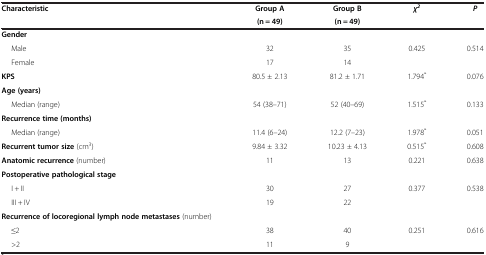
| Characteristic | Group A | Group B | χ2 | P |
 |  | (n = 49) | (n = 49) |  |  |
 | --- | --- | --- | --- | --- |
 | Gender |  |  |  |  |
 | Male | 32 | 35 | <ROWSPAN=2> 0.425 | <ROWSPAN=2> 0.514 |
 | Female | 17 | 14 |
 | KPS | 80.5 ± 2.13 | 81.2 ± 1.71 | 1.794* | 0.076 |
 | Age (years) |  |  |  |  |
 | Median (range) | 54 (38–71) | 52 (40–69) | 1.515* | 0.133 |
 | Recurrence time (months) |  |  |  |  |
 | Median (range) | 11.4 (6–24) | 12.2 (7–23) | 1.978* | 0.051 |
 | Recurrent tumor size (cm3) | 9.84 ± 3.32 | 10.23 ± 4.13 | 0.515* | 0.608 |
 | Anatomic recurrence (number) | 11 | 13 | 0.221 | 0.638 |
 | Postoperative pathological stage |  |  |  |  |
 | I + II | 30 | 27 | <ROWSPAN=2> 0.377 | <ROWSPAN=2> 0.538 |
 | III + IV | 19 | 22 |
 | Recurrence of locoregional lymph node metastases (number) |  |  |  |  |
 | ≤2 | 38 | 40 | 0.251 | 0.616 |
 | >2 | 11 | 9 |  |  |